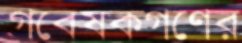
গবেষকগণের